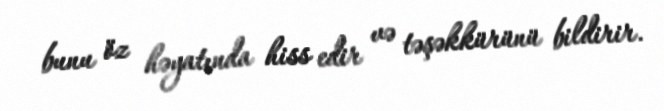
bunu öz həyatında hiss edir və təşəkkürünü bildirir.